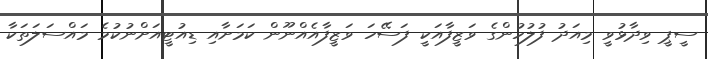
ސީޕީ ވިދާޅުވީ މިއަދު ފުލުހުންގެ ވަޒީފާއަކީ ފަސޭހަ ވަޒީފާއެއްނޫން ކަމަށާއި ޑިއުޓީއަށްނުކުމެ މައްސަލަތަކާ